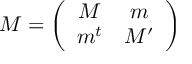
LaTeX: { \cal M } = \left( \begin{array} { c c } { { M } } & { { m } } \\ { { m ^ { t } } } & { { M ^ { \prime } } } \end{array} \right)